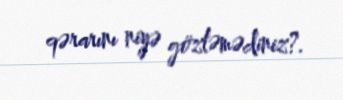
qərarını niyə gözləmədiniz?.